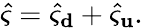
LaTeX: \hat{\varsigma}=\hat{\varsigma}_{\mathbf d}+\hat{\varsigma}_{\mathbf u}.